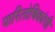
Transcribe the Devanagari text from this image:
पारितोषिकांची